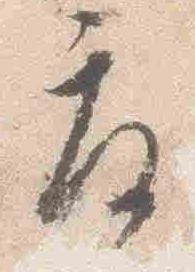
度